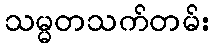
သမ္မတသက်တမ်း